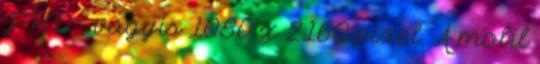
FHD , vagyis 1080 x 2160 pixel. A mobil